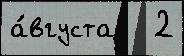
а́вгуста   2